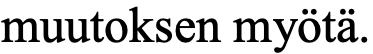
muutoksen myötä.